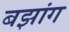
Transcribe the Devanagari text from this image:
बझांग